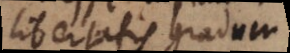
libertatis gradum